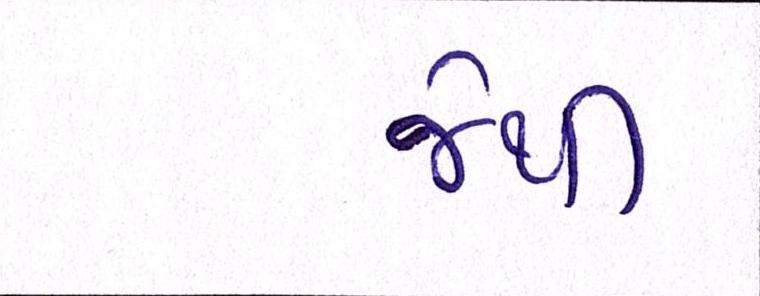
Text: જેથી